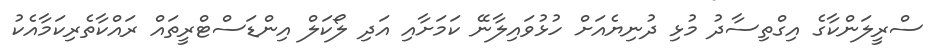
ސްރީލަންކާގެ އިގްތިސާދު މުޅި ދުނިޔެއަށް ހުޅުވައިލާނޭ ކަމަށާއި އަދި ލޯކަލް އިންޑަސްޓްރީތައް ރައްކާތެރިކަމާއެކު